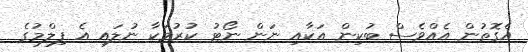
އެގޮތުން އެއްވެސް ބުކިން އަކާއި ނަން ނޯޓު ކުރުމަކާ ނުލައި އެ ފިލްމުގެ